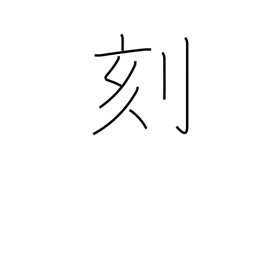
Meaning: hash